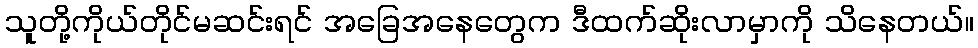
သူတို့ကိုယ်တိုင်မဆင်းရင် အခြေအနေတွေက ဒီထက်ဆိုးလာမှာကို သိနေတယ်။